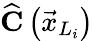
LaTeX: \widehat{\mathbf{C}}\left(\vec{x}_{L_{i}}\right)